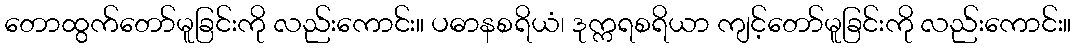
တောထွက်တော်မူခြင်းကို လည်းကောင်း။ ပဓာနစရိယံ၊ ဒုက္ကရစရိယာ ကျင့်တော်မူခြင်းကို လည်းကောင်း။